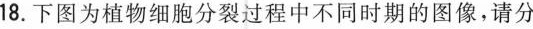
18.下图为植物细胞分裂过程中不同时期的图像，请分